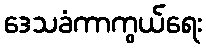
ဒေသခံကာကွယ်ရေး